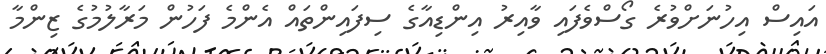
އައިސް އިހުނަށްވުރެ ގޯސްވެފައި ވާއިރު އިންޑިއާގެ ސިފައިންތައް އެންމެ ފަހުން މަރާލުމުގެ ޒިންމާ